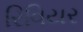
રિવિયર